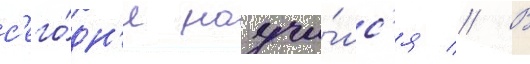
с'его́дн'я научи́лс'я // В